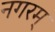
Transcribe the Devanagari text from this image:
नगरम्